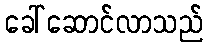
ခေါ်ဆောင်လာသည်